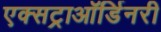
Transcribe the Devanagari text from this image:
एक्सट्राऑर्डिनरी